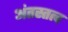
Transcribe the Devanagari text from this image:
अंतस्तत्व